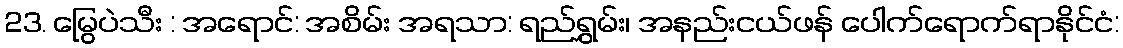
23. မြွေပဲသီး : အရောင်: အစိမ်း အရသာ: ရည်ရွှမ်း၊ အနည်းငယ်ဖန် ပေါက်ရောက်ရာနိုင်ငံ: